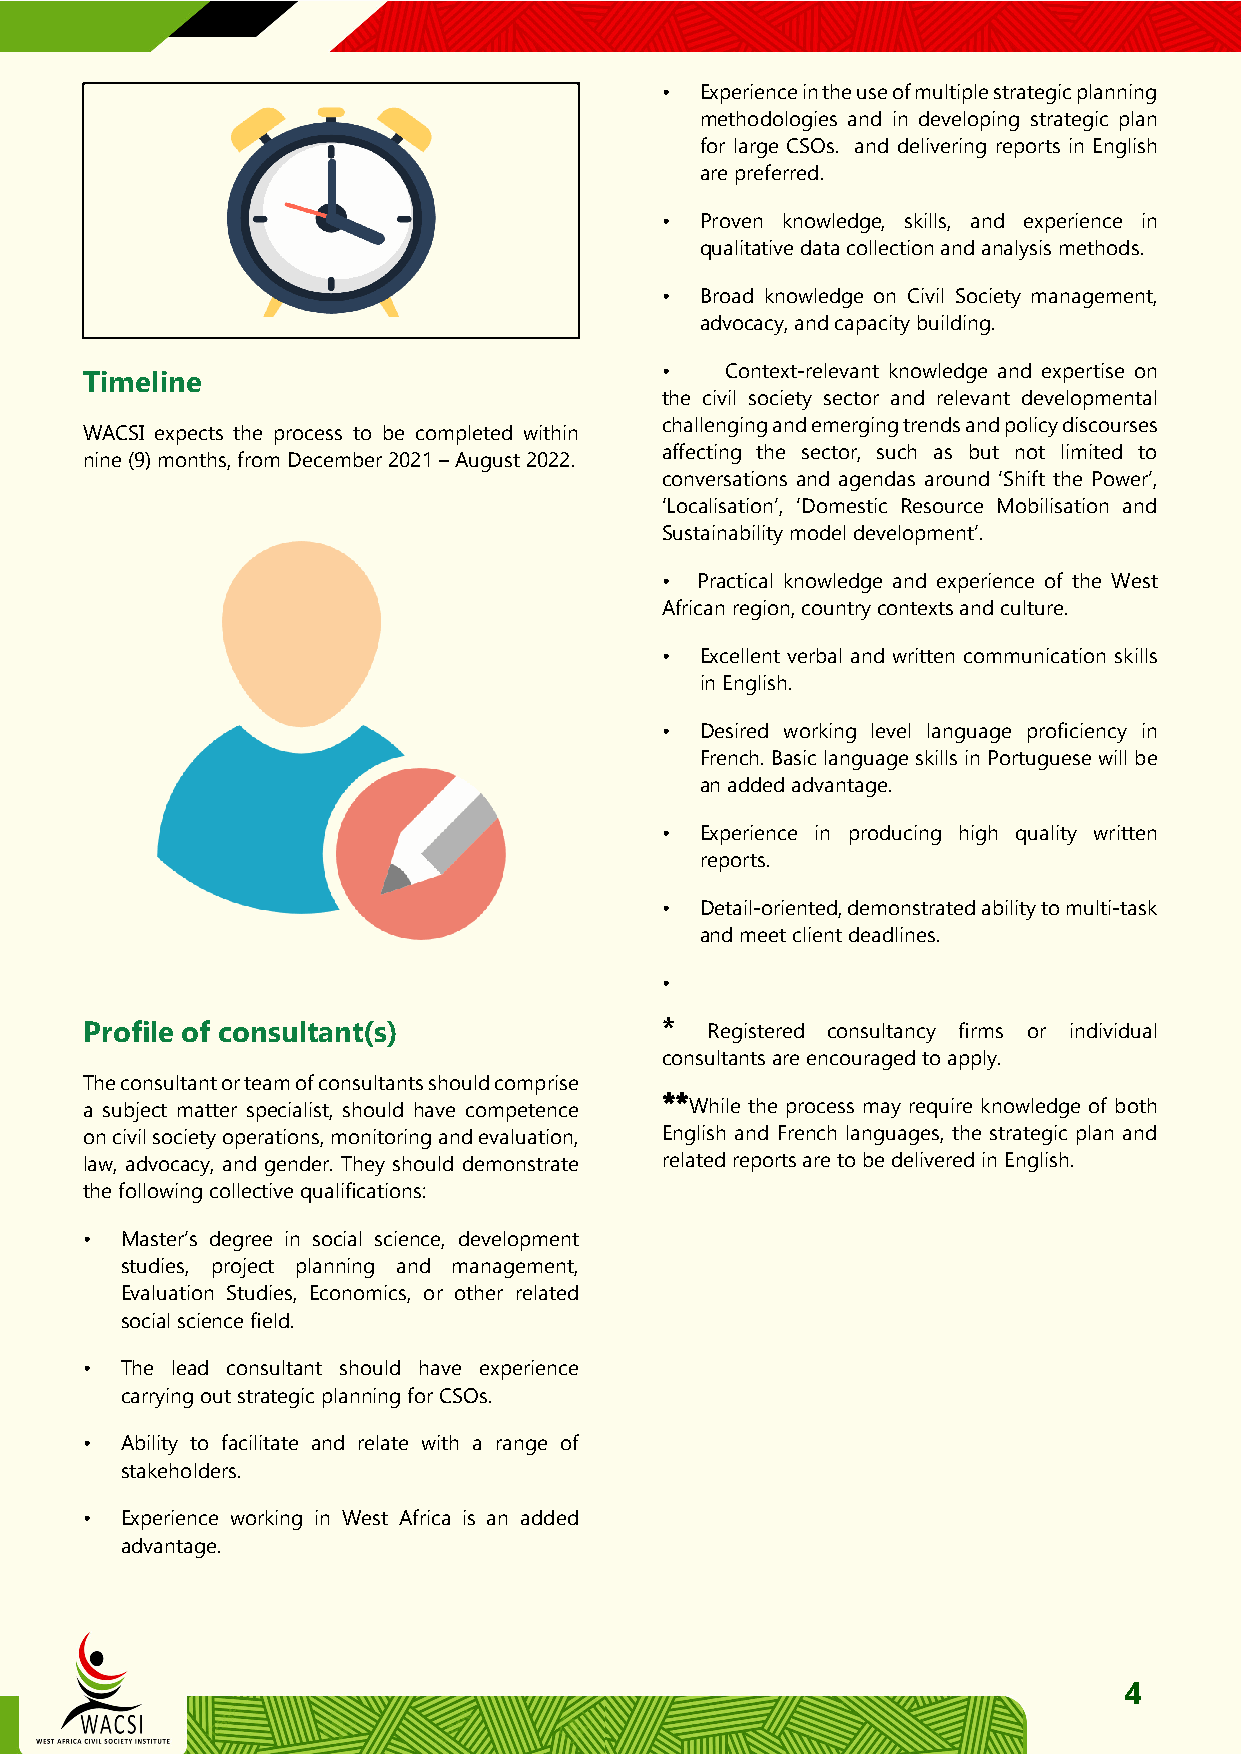
• Experience in the use of multiple strategic planning
 methodologies and in developing strategic plan
 for large CSOs. and delivering reports in English
 are preferred.
 • Proven knowledge, skills, and experience in
 qualitative data collection and analysis methods.
 • Broad knowledge on Civil Society management,
 advocacy, and capacity building.
 •   Context-relevant knowledge and expertise on
 Timeline
 the civil society sector and relevant developmental
 challenging and emerging trends and policy discourses
 WACSI expects the process to be completed within
 affecting the sector, such as but not limited to
 nine (9) months, from December 2021 – August 2022.
 conversations and agendas around ‘Shift the Power’,
 ‘Localisation’, ‘Domestic Resource Mobilisation and
 Sustainability model development’.
 • Practical knowledge and experience of the West
 African region, country contexts and culture.
 • Excellent verbal and written communication skills
 in English.
 • Desired working level language proficiency in
 French. Basic language skills in Portuguese will be
 an added advantage.
 • Experience in producing high quality written
 reports.
 • Detail-oriented, demonstrated ability to multi-task
 and meet client deadlines.
 •
 Profile of consultant(s)              *  Registered consultancy firms or individual
 consultants are encouraged to apply.
 The consultant or team of consultants should comprise
 ****
 a subject matter specialist, should have competence While the process may require knowledge of both
 on civil society operations, monitoring and evaluation, English and French languages, the strategic plan and
 law, advocacy, and gender. They should demonstrate related reports are to be delivered in English.
 the following collective qualifications:
 • Master’s degree in social science, development
 studies, project planning and management,
 Evaluation Studies, Economics, or other related
 social science field.
 • The lead consultant should have experience
 carrying out strategic planning for CSOs.
 • Ability to facilitate and relate with a range of
 stakeholders.
 • Experience working in West Africa is an added
 advantage.
 4